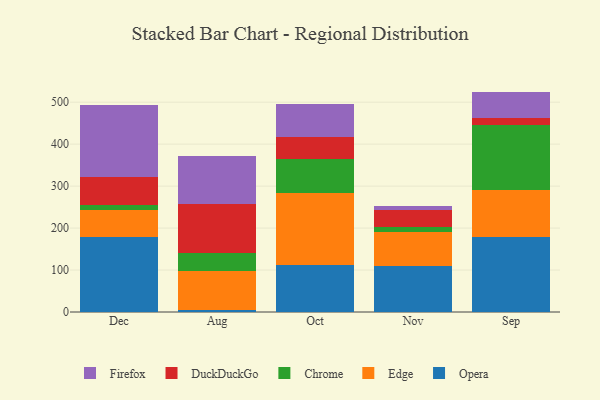
{"axis": {"x": "Month", "y": "Customer Acquisition Cost (USD)"}, "legend": ["Chrome", "DuckDuckGo", "Edge", "Firefox", "Opera"], "data": [{"x": "Dec", "y": 179.0, "type": "Opera"}, {"x": "Dec", "y": 64.8, "type": "Edge"}, {"x": "Dec", "y": 10.7, "type": "Chrome"}, {"x": "Dec", "y": 67.8, "type": "DuckDuckGo"}, {"x": "Dec", "y": 170.4, "type": "Firefox"}, {"x": "Aug", "y": 5.5, "type": "Opera"}, {"x": "Aug", "y": 93.0, "type": "Edge"}, {"x": "Aug", "y": 42.9, "type": "Chrome"}, {"x": "Aug", "y": 116.6, "type": "DuckDuckGo"}, {"x": "Aug", "y": 113.0, "type": "Firefox"}, {"x": "Oct", "y": 112.0, "type": "Opera"}, {"x": "Oct", "y": 172.0, "type": "Edge"}, {"x": "Oct", "y": 80.4, "type": "Chrome"}, {"x": "Oct", "y": 51.9, "type": "DuckDuckGo"}, {"x": "Oct", "y": 79.6, "type": "Firefox"}, {"x": "Nov", "y": 109.1, "type": "Opera"}, {"x": "Nov", "y": 82.3, "type": "Edge"}, {"x": "Nov", "y": 11.7, "type": "Chrome"}, {"x": "Nov", "y": 41.0, "type": "DuckDuckGo"}, {"x": "Nov", "y": 8.3, "type": "Firefox"}, {"x": "Sep", "y": 178.2, "type": "Opera"}, {"x": "Sep", "y": 112.5, "type": "Edge"}, {"x": "Sep", "y": 155.6, "type": "Chrome"}, {"x": "Sep", "y": 15.0, "type": "DuckDuckGo"}, {"x": "Sep", "y": 63.9, "type": "Firefox"}]}